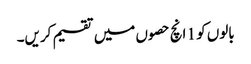
بالوں کو 1 انچ حصوں میں تقسیم کریں۔